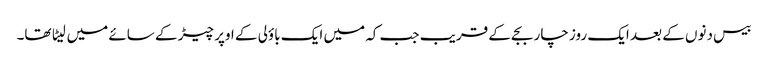
بیس دنوں کے بعد ایک روز چار بجے کے قریب جب کہ میں ایک باؤلی کے اوپر چیڑ کے سائے میں لیٹا تھا۔